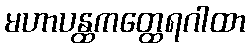
မဟာပန္ထကတ္ထေရဂါထာ